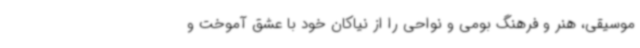
موسیقی، هنر و فرهنگ بومی و نواحی را از نیاکان خود با عشق آموخت و